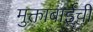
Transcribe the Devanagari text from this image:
मुक्ताबाईची